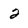
Character: 2